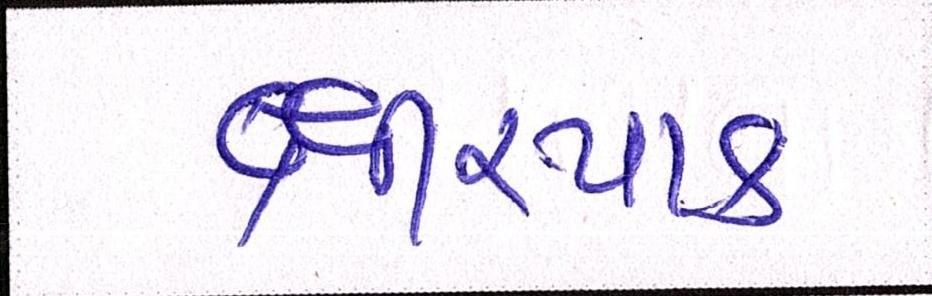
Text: ક્ષીરપાક